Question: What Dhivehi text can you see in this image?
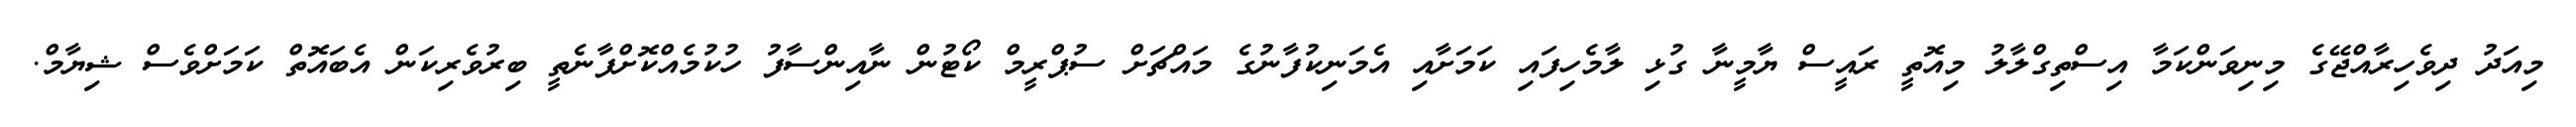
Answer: މިއަދު ދިވެހިރާއްޖޭގެ މިނިވަންކަމާ އިސްތިގްލާލު މިއޮތީ ރައީސް ޔާމީނާ ގުޅި ލާމެހިފައި ކަމަށާއި އެމަނިކުފާނުގެ މައްޗަށް ސުޕްރީމް ކޯޓުން ނާއިންސާފު ހުކުމެއްކޮށްފާނެތީ ބިރުވެރިކަން އެބައޮތް ކަމަށްވެސް ޝިޔާމް.